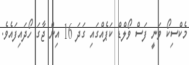
މެކްސިކޯ ވަނީ ފަސް ވޯލްޑް ކަޕެއްގައި ގަދަ 16 އިން ޖާގަ ހޯދައިފައެވެ.